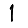
Digit: 1